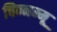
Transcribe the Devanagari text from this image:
चिन्‍नम्‍मू